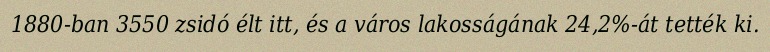
1880-ban 3550 zsidó élt itt, és a város lakosságának 24,2%-át tették ki.